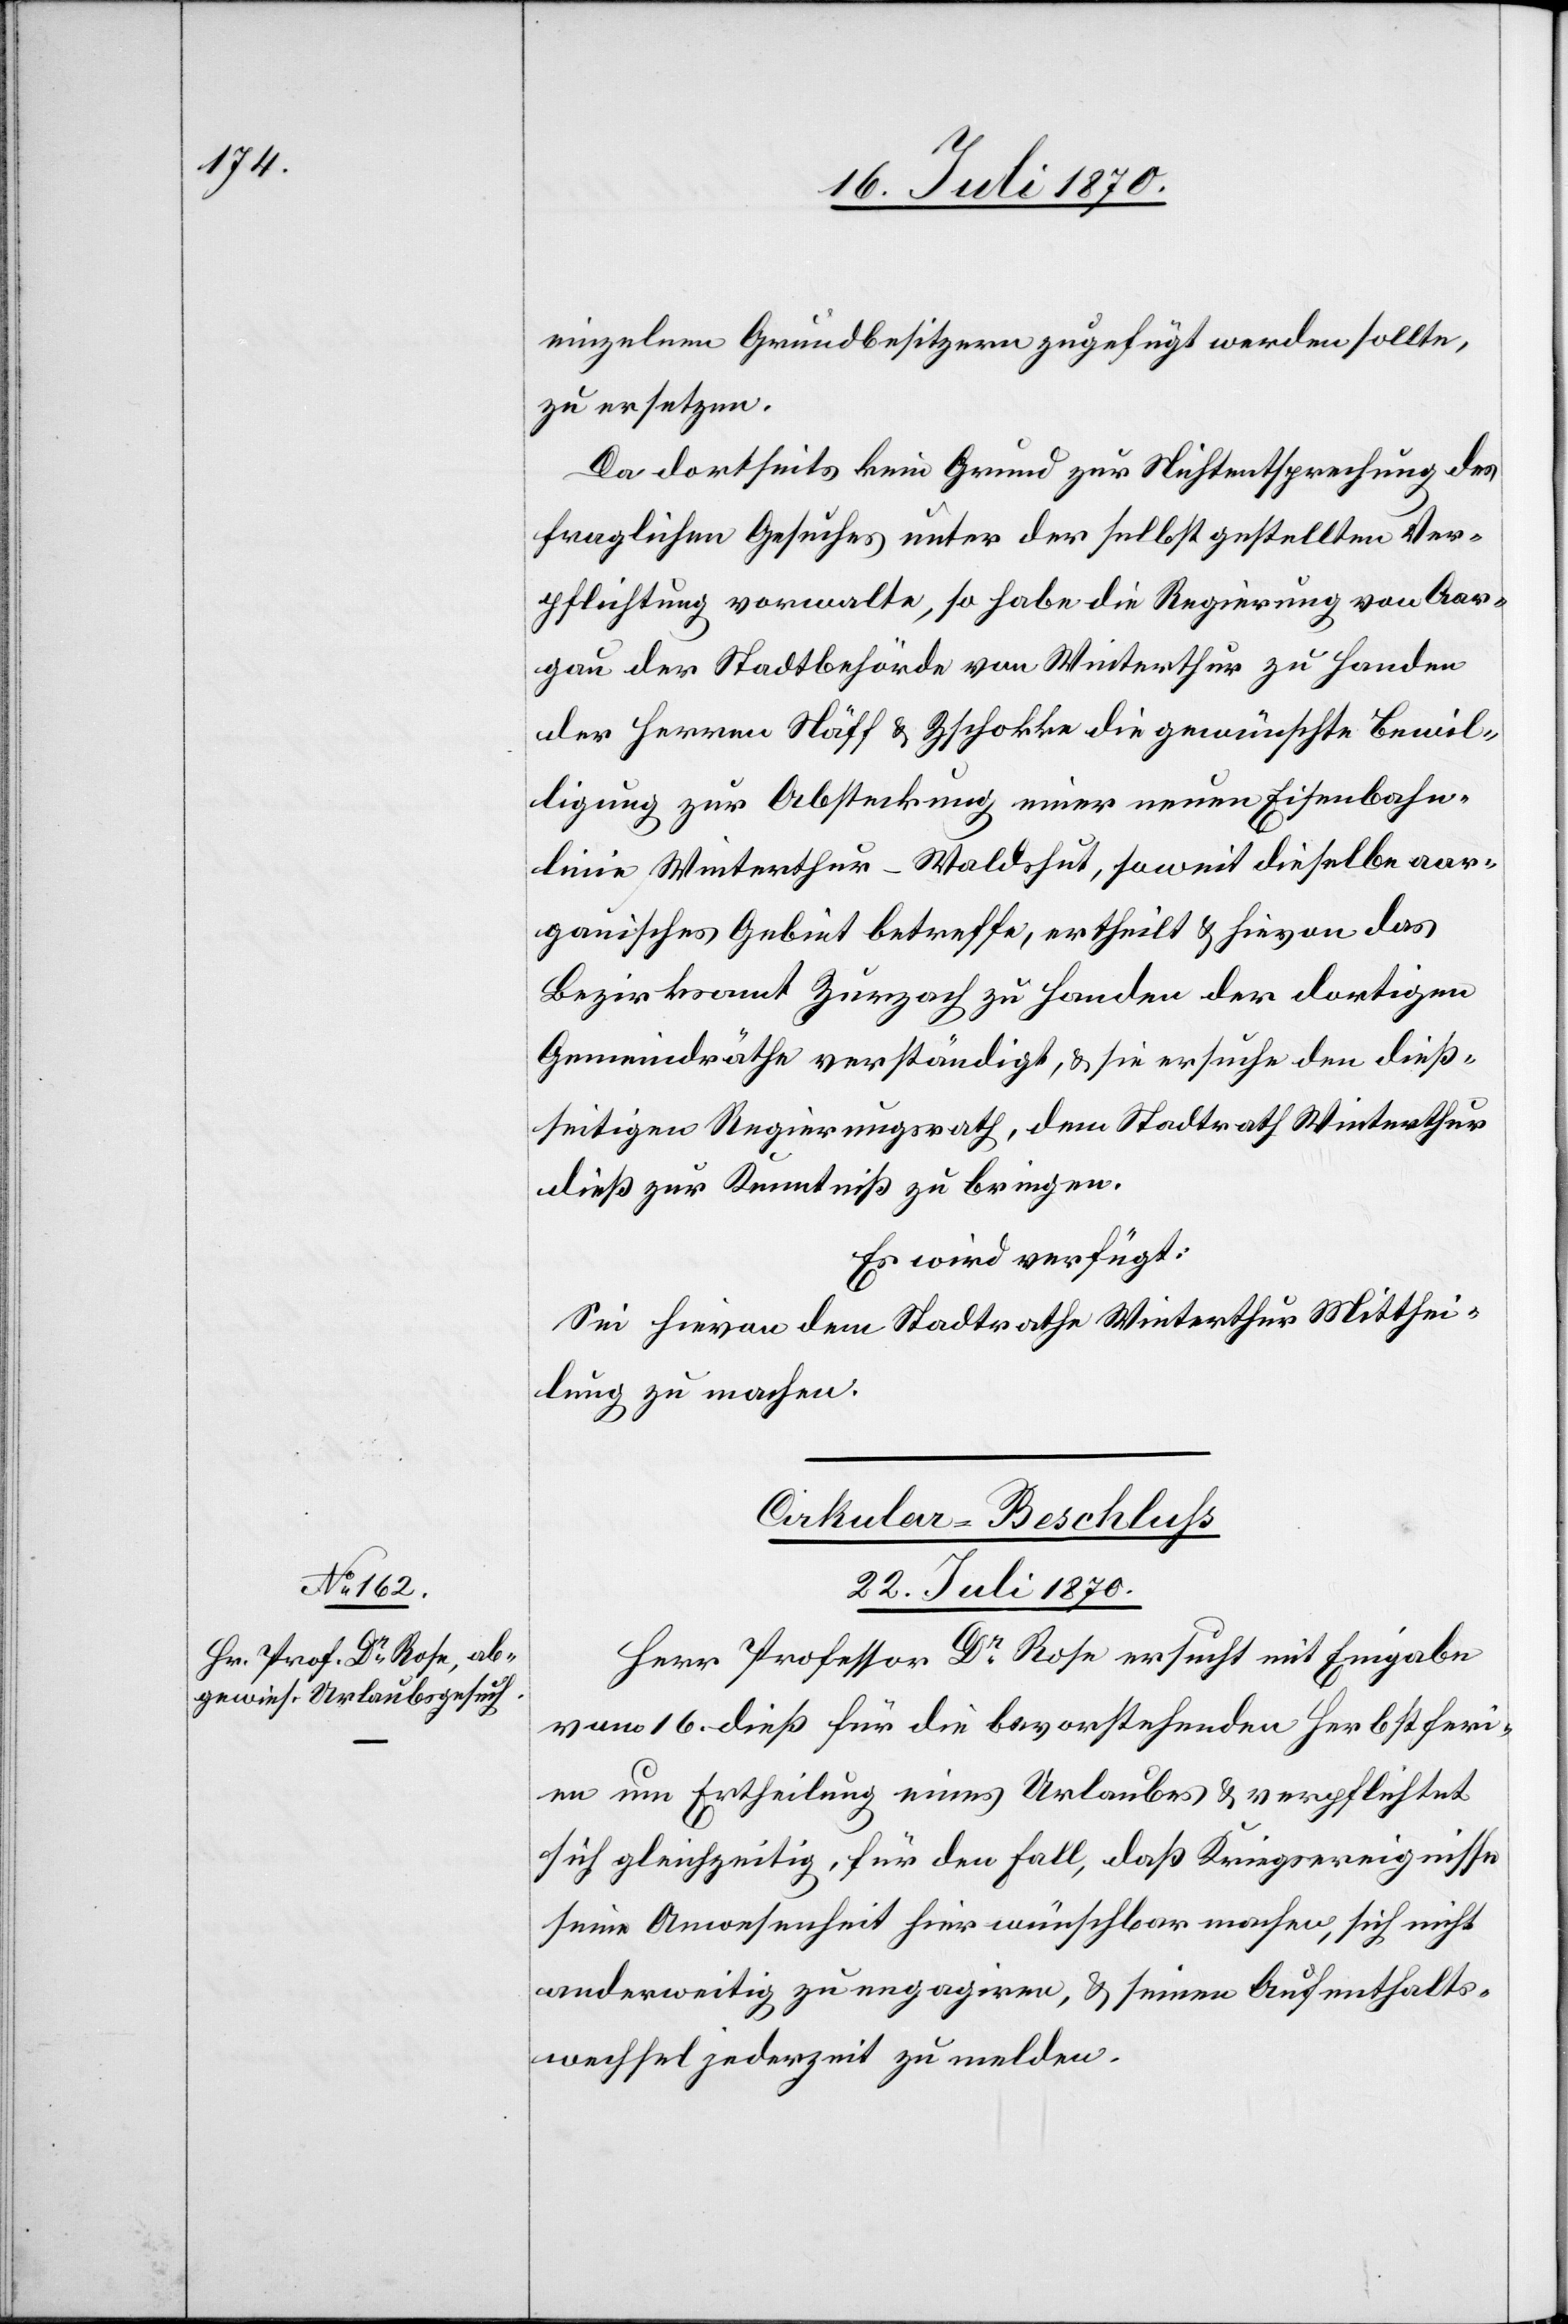
einzelnen Grundbesitzern zugefügt werden sollte,
zu ersetzen.
Da dortseits kein Grund zur Nichtentsprechung des
fraglichen Gesuches unter der selbst gestellten Ver¬
pflichtung vorwalte, so habe die Regierung von Aar¬
gau der Stadtbehörde von Winterthur zu Handen
der Herren Näff & Zschokke die gewünschte Bewil¬
ligung zur Absteckung einer neuen Eisenbahn¬
linie Winterthur–Waldshut, soweit dieselbe aar¬
gauisches Gebiet betreffe, ertheilt & hievon das
Bezirksamt Zurzach zu Handen der dortigen
Gemeindräthe verständigt, & sie ersuche den dieß¬
seitigen Regierungsrath, dem Stadtrath Winterthur
dieß zur Kenntniß zu bringen.
Es wird verfügt:
Sei hievon dem Stadtrathe Winterthur Mitthei¬
lung zu machen.
Cirkular-Beschluss
22. Juli 1870.
Herr Professor Dr Rose ersucht mit Eingabe
vom 16. dieß für die bevorstehenden Herbstferi¬
en um Ertheilung eines Urlaubes & verpflichtet
sich gleichzeitig, für den Fall, daß Kriegsereignisse
seine Anwesenheit hier wünschbar machen, sich nicht
anderweitig zu engagiren, & seinen Aufenthalts¬
wechsel jederzeit zu melden.